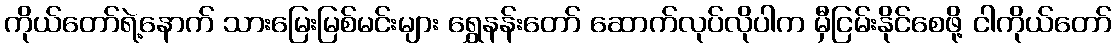
ကိုယ်တော်ရဲ့နောက် သားမြေးမြစ်မင်းများ ရွှေနန်းတော် ဆောက်လုပ်လိုပါက မှီငြမ်းနိုင်စေဖို့ ငါကိုယ်တော်